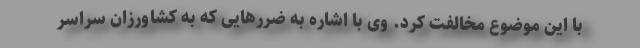
با این موضوع مخالفت کرد. وی با اشاره به ضررهایی که به کشاورزان سراسر